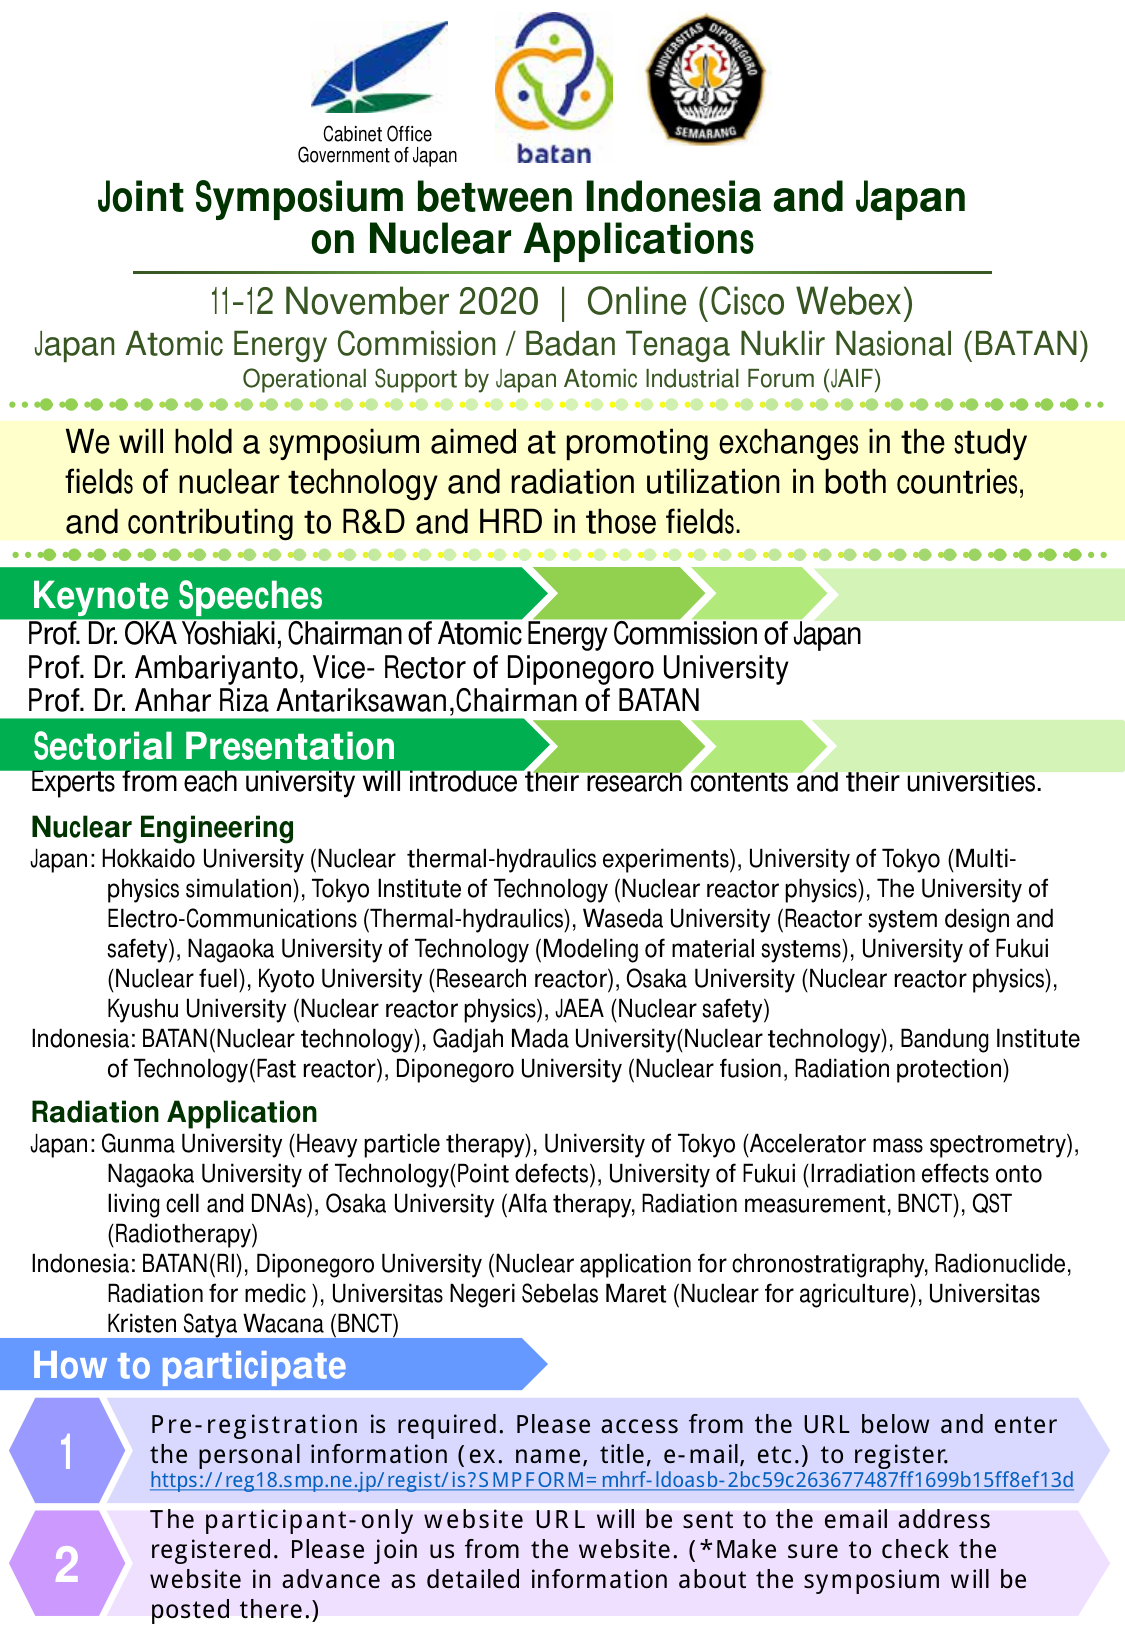
Cabinet Office
Government of Japan
batan
UNIVERSITAS DIPONEGORO
SEMARANG

Joint Symposium between Indonesia and Japan
on Nuclear Applications

11-12 November 2020 | Online (Cisco Webex)
Japan Atomic Energy Commission / Badan Tenaga Nukir Nasional (BATAN)
Operational Support by Japan Atomic Industrial Forum (JAIF)

We will hold a symposium aimed at promoting exchanges in the study
fields of nuclear technology and radiation utilization in both countries,
and contributing to R&D and HRD in those fields.

Keynote Speeches
Prof. Dr. OKA Yoshiaki, Chairman of Atomic Energy Commission of Japan
Prof. Dr. Ambariyanto, Vice- Rector of Diponegoro University
Prof. Dr. Anhar Riza Antarikssawan, Chairman of BATAN

Sectorial Presentation
Experts from each university will introduce their research contents and their universities.

Nuclear Engineering
Japan: Hokkaido University (Nuclear thermal-hydraulics experiments), University of Tokyo (Multi-
physics simulation), Tokyo Institute of Technology (Nuclear reactor physics), The University of
Electro-Communications (Thermal-hydraulics), Waseda University (Reactor system design and
safety), Nagaoka University of Technology (Modeling of material systems), University of Fukui
(Nuclear fuel), Kyoto University (Research reactor), Osaka University (Nuclear reactor physics),
Kyushu University (Nuclear reactor physics), JAEA (Nuclear safety)
Indonesia: BATAN(Nuclear technology), Gadjah Mada University(Nuclear technology), Bandung Institute
of Technology(Fast reactor), Diponegoro University (Nuclear fusion, Radiation protection)

Radiation Application
Japan: Gunma University (Heavy particle therapy), University of Tokyo (Accelerator mass spectrometry),
Nagaoka University of Technology(Point defects), University of Fukui (Irradiation effects onto
living cell and DNAs), Osaka University (Alfa therapy, Radiation measurement, BNCT), QST
(Radiotherapy)
Indonesia: BATAN(RI), Diponegoro University (Nuclear application for chronostратigraphy, Radionuclide,
Radiation for medic ), Universitas Negeri Sebelas Maret (Nuclear for agriculture), Universitas
Kristen Satya Wacana (BNCT)

How to participate
1 Pre-registration is required. Please access from the URL below and enter
the personal information (ex. name, title, e-mail, etc.) to register.
https://reg18.smp.ne.jp/regist/is?SMPFORM=mhrf-ldoasb-2bc59c263677487ff1699b15ff8ef13d
2 The participant-only website URL will be sent to the email address
registered. Please join us from the website. (*Make sure to check the
website in advance as detailed information about the symposium will be
posted there.)